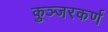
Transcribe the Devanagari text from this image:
कुञ्जरकर्ण